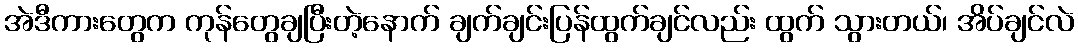
အဲဒီကားတွေက ကုန်တွေချပြီးတဲ့နောက် ချက်ချင်းပြန်ထွက်ချင်လည်း ထွက် သွားတယ်၊ အိပ်ချင်လဲ